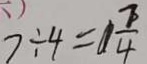
7 \div 4 = 1 \frac { 7 } { 4 }